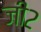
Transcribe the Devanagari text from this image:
जी२